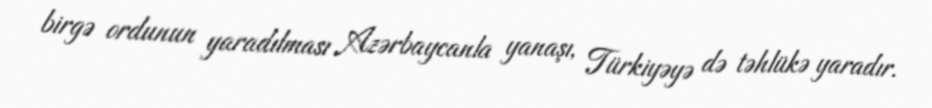
birgə ordunun yaradılması Azərbaycanla yanaşı, Türkiyəyə də təhlükə yaradır.